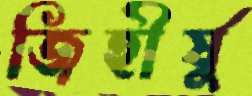
জিহীর্ষু